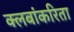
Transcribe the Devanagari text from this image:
क्लबांकरिता